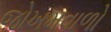
જોખમવાળો